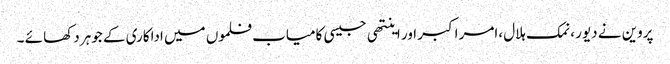
پروین نے دیور ،نمک ہلال ،امر اکبر اور اینتھی جیسی کامیاب فلموں میں اداکاری کے جوہر دکھا ئے ۔